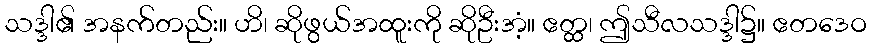
သဒ္ဒါ၏ အနက်တည်း။ ဟိ၊ ဆိုဖွယ်အထူးကို ဆိုဦးအံ့။ ဧတ္ထ၊ ဤသီလသဒ္ဒါ၌။ ဧတဒေဝ